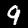
Digit: 9